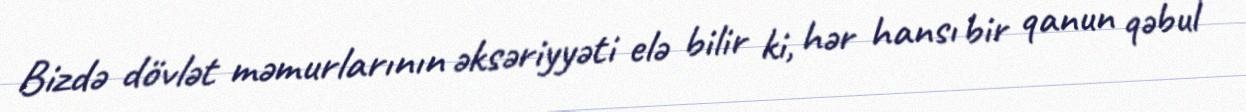
Bizdə dövlət məmurlarının əksəriyyəti elə bilir ki, hər hansı bir qanun qəbul